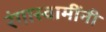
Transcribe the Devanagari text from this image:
रंगास्वामींनी